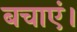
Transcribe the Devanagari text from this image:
बचाएं।